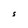
Character: S